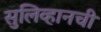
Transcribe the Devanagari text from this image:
सुलिव्हानची